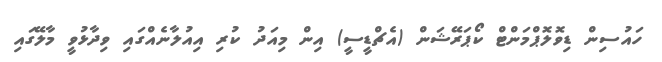
ހައުސިން ޑިވޮލޮޕްމަންޓް ކޯޕަރޭޝަން (އެޗްޑީސީ) އިން މިއަދު ކުރި އިއުލާނެއްގައި ވިދާޅުވީ މާލޭގައި